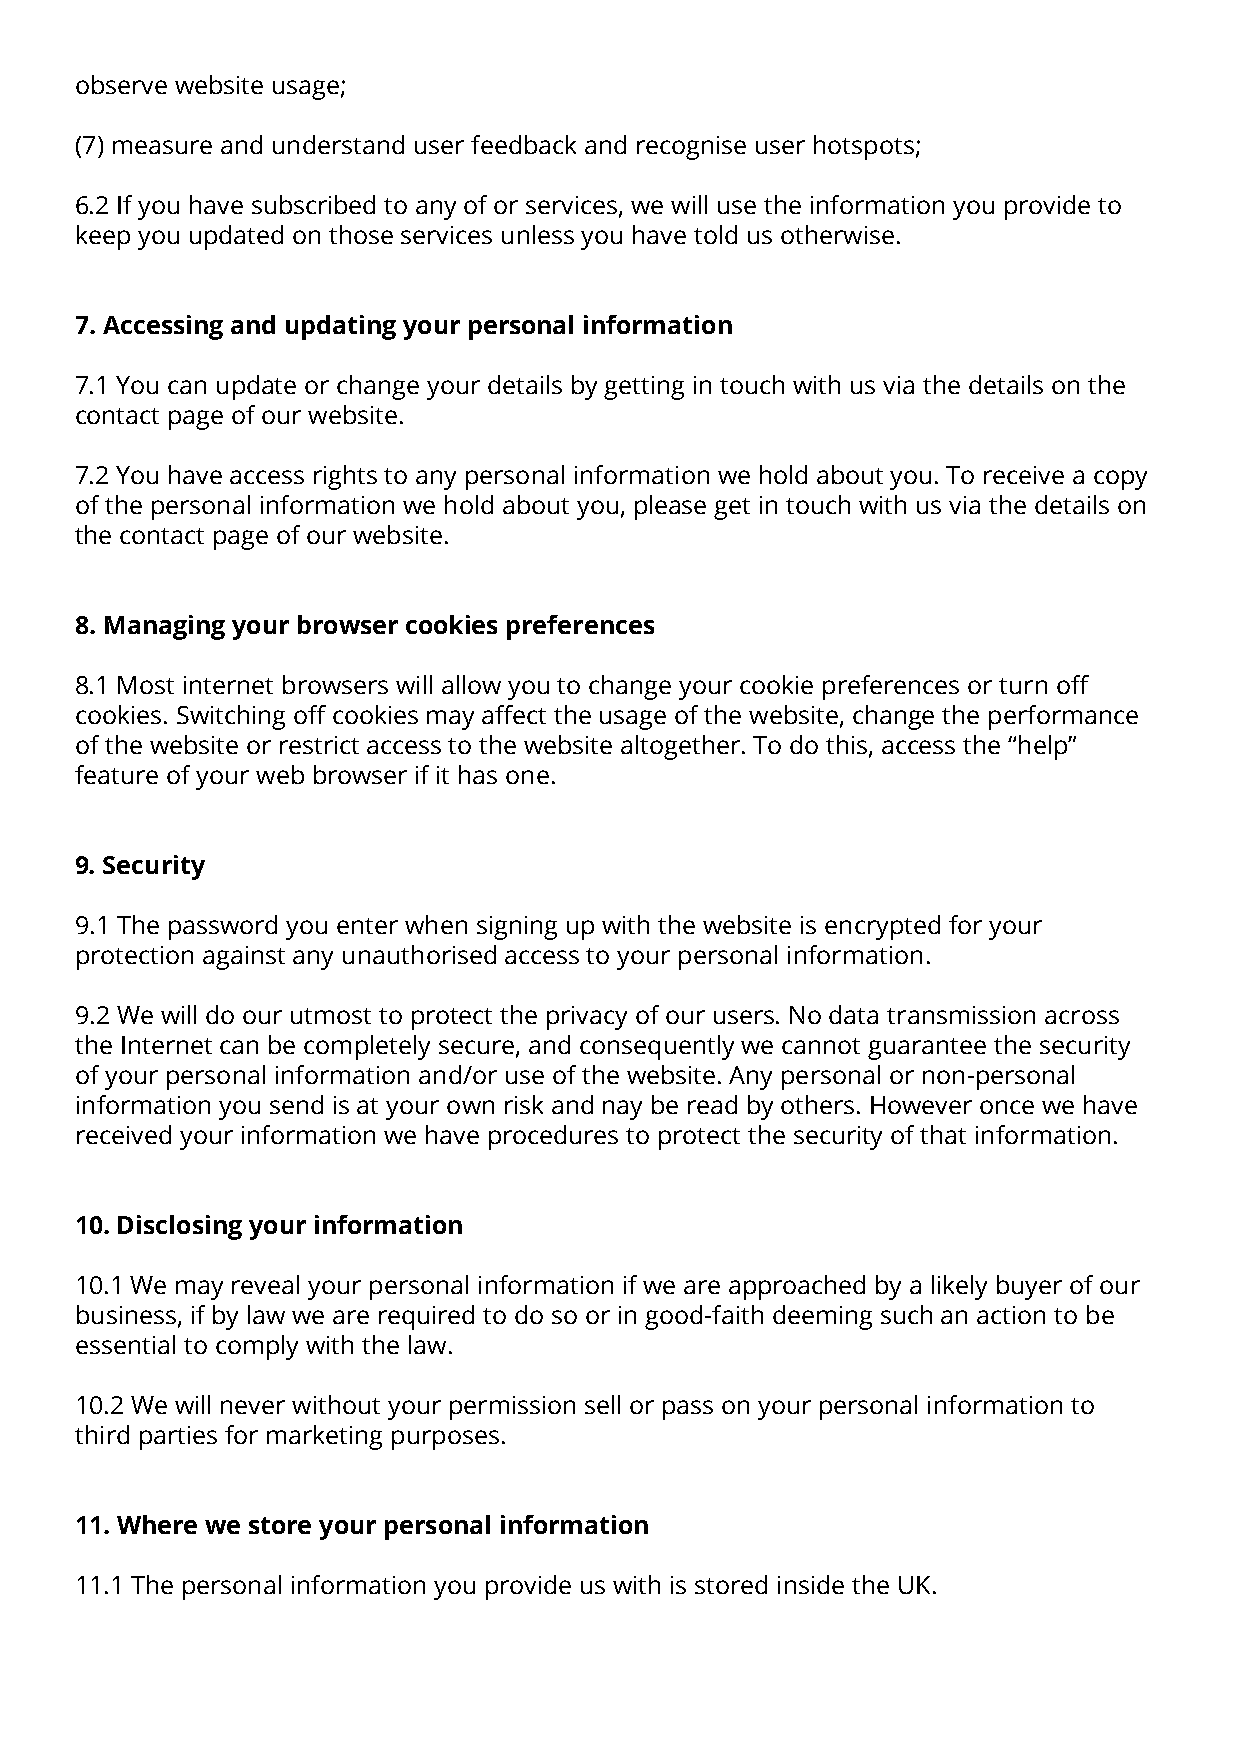
observe website usage;
 (7) measure and understand user feedback and recognise user hotspots;
 6.2 If you have subscribed to any of or services, we will use the information you provide to
 keep you updated on those services unless you have told us otherwise.
 7. Accessing and updating your personal information
 7.1 You can update or change your details by getting in touch with us via the details on the
 contact page of our website.
 7.2 You have access rights to any personal information we hold about you. To receive a copy
 of the personal information we hold about you, please get in touch with us via the details on
 the contact page of our website.
 8. Managing your browser cookies preferences
 8.1 Most internet browsers will allow you to change your cookie preferences or turn off
 cookies. Switching off cookies may affect the usage of the website, change the performance
 of the website or restrict access to the website altogether. To do this, access the “help”
 feature of your web browser if it has one.
 9. Security
 9.1 The password you enter when signing up with the website is encrypted for your
 protection against any unauthorised access to your personal information.
 9.2 We will do our utmost to protect the privacy of our users. No data transmission across
 the Internet can be completely secure, and consequently we cannot guarantee the security
 of your personal information and/or use of the website. Any personal or non-personal
 information you send is at your own risk and nay be read by others. However once we have
 received your information we have procedures to protect the security of that information.
 10. Disclosing your information
 10.1 We may reveal your personal information if we are approached by a likely buyer of our
 business, if by law we are required to do so or in good-faith deeming such an action to be
 essential to comply with the law.
 10.2 We will never without your permission sell or pass on your personal information to
 third parties for marketing purposes.
 11. Where we store your personal information
 11.1 The personal information you provide us with is stored inside the UK.